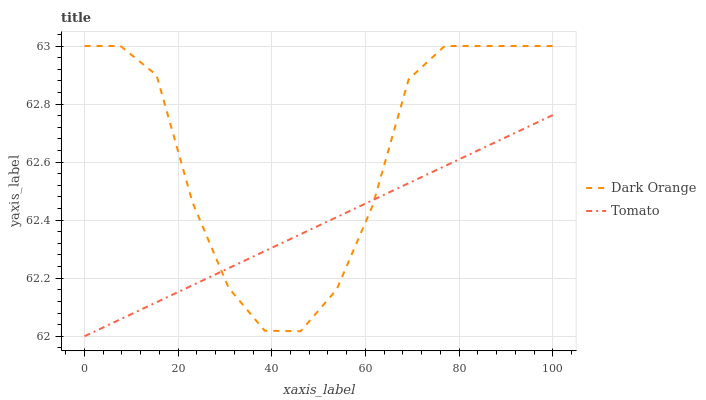
| xaxis_label | Dark Orange | Tomato |
 | --- | --- | --- |
 | 0 | 63 | 62 |
 | 7.69 | 63 | 62.1 |
 | 15.4 | 62.9 | 62.1 |
 | 23.1 | 62.5 | 62.2 |
 | 30.8 | 62.2 | 62.2 |
 | 38.5 | 62 | 62.3 |
 | 46.2 | 62 | 62.4 |
 | 53.8 | 62.2 | 62.4 |
 | 61.5 | 62.5 | 62.5 |
 | 69.2 | 62.9 | 62.5 |
 | 76.9 | 63 | 62.6 |
 | 84.6 | 63 | 62.6 |
 | 92.3 | 63 | 62.7 |
 | 100 | 63 | 62.8 |